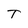
Character: T